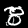
Label: 8